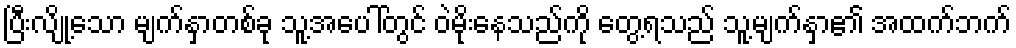
ပြီးလျို့သော မျက်နှာတစ်ခု သူ့အပေါ်တွင် ဝဲမိုးနေသည်ကို တွေ့ရသည် သူ့မျက်နှာ၏ အထက်ဘက်